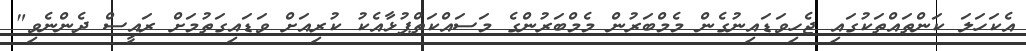
އެކަހަލަ ކަންތައްތަކުގައި ޖެހިވަޑައިނުގެން މެމްބަރުން މެމްބަރުންގެ މަސައްކަތްޕުޅާއެކު ކުރިއަށް ވަޑައިގަތުމަށް ރައީސް ދެންނެވި"